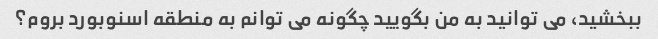
ببخشید، می توانید به من بگویید چگونه می توانم به منطقه اسنوبورد بروم؟